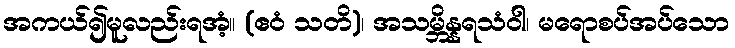
အကယ်၍မူလည်းရအံ့။ (ဧဝံ သတိ)၊ အသမ္ဘိန္နရသံဝါ၊ မရောစပ်အပ်သော